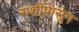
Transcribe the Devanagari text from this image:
राशींपासून